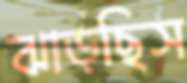
ঝাড়ছিস